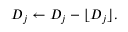
D _ { j } \leftarrow D _ { j } - \lfloor D _ { j } \rfloor .